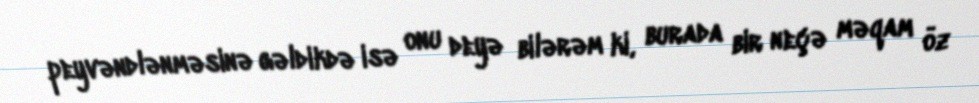
peyvəndlənməsinə gəldikdə isə onu deyə bilərəm ki, burada bir neçə məqam öz